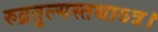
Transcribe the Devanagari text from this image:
रुद्रतुल्यस्तथाऽत्र।